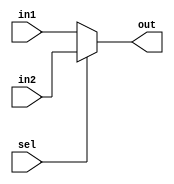
`timescale 1ns / 1ps
//////////////////////////////////////////////////////////////////////////////////
// Company: 
// Engineer: 
// 
// Design Name: 
// Module Name: mux
// Project Name: 
// Target Devices: 
// Tool Versions: 
// Description: 
// 
// Dependencies: 
// 
// Revision:
// Revision 0.01 - File Created
// Additional Comments:
// 
//////////////////////////////////////////////////////////////////////////////////


module mux(in1,in2,sel,out);
input [4:0] in1,in2;
input sel;
output [4:0] out;

assign out = (sel==1'b1)?in2:in1;
endmodule